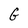
Character: G